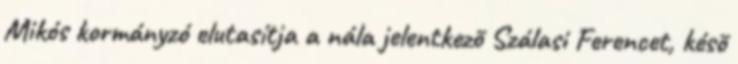
Mikós kormányzó elutasítja a nála jelentkezõ Szálasi Ferencet, késõ